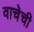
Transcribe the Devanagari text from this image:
वाचेची